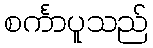
စင်္ကာပူသည်